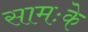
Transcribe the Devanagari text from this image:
सामःके